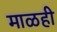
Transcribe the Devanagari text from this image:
माळही